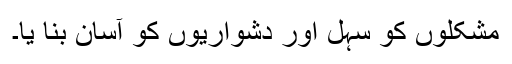
مشکلوں کو سہل اور دشواریوں کو آسان بنا یا۔